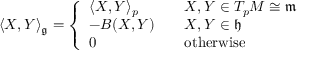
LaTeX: \langle X , Y \rangle _ { \mathfrak { g } } = { \left\{ \begin{array} { l l } { \langle X , Y \rangle _ { p } \quad } & { X , Y \in T _ { p } M \cong { \mathfrak { m } } } \\ { - B ( X , Y ) \quad } & { X , Y \in { \mathfrak { h } } } \\ { 0 } & { { \mathrm { o t h e r w i s e } } } \end{array} \right. }